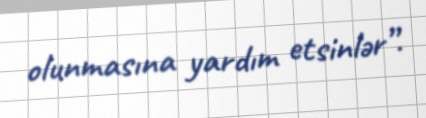
olunmasına yardım etsinlər”.